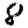
Digit: 8